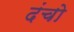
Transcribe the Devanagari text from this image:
दंचो